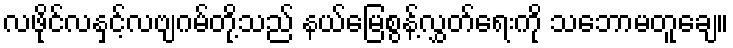
လဖိုင်လနှင့်လဗျဂမ်တို့သည် နယ်မြေစွန့်လွှတ်ရေးကို သဘောမတူချေ။